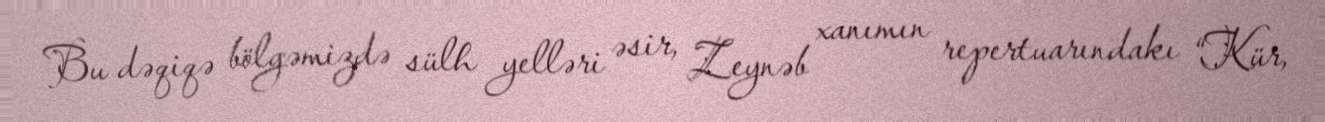
Bu dəqiqə bölgəmizdə sülh yelləri əsir, Zeynəb xanımın repertuarındakı “Kür,